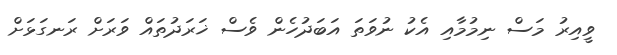
ވީއިރު މަސް ނިމުމާއި އެކު ނުވަތަ އަބަދުހެން ވެސް ޚަރަދުތައް ވަރަށް ރަނގަޅަށް